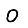
Digit: 0